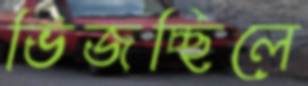
ভিজচ্ছিলে